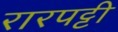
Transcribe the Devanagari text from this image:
रारपट्टी